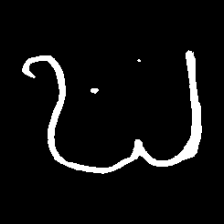
Pyu character \u2014 Myanmar letter: ဎ (romanized: ddha)